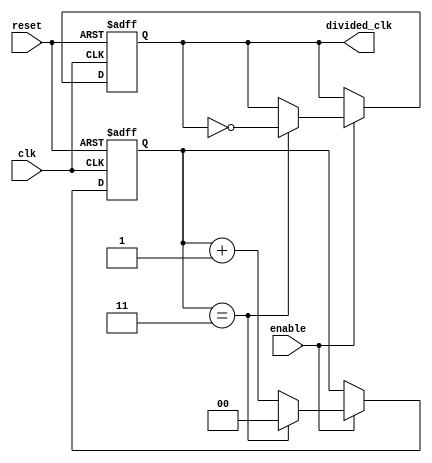
module FrequencyDividerCounter #(
    parameter DIV_FACTOR = 4 // Default division factor
)(
    input wire clk,          // Clock input
    input wire reset,        // Reset signal
    input wire enable,       // Enable signal (optional)
    output reg divided_clk    // Divided clock output
);

    // Internal counter
    reg [$clog2(DIV_FACTOR)-1:0] counter; // Counter to hold the current count

    // Synchronous reset and counting logic
    always @(posedge clk or posedge reset) begin
        if (reset) begin
            counter <= 0;       // Reset counter
            divided_clk <= 0;   // Reset output clock
        end else if (enable) begin
            if (counter == DIV_FACTOR - 1) begin
                counter <= 0;   // Reset counter
                divided_clk <= ~divided_clk; // Toggle output clock
            end else begin
                counter <= counter + 1; // Increment counter
            end
        end
    end

endmodule